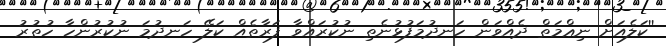
''ކަލެއަށް ނިޢްމަތް ދެއްވަން ހަނދުމަފުޅުނެތި ނުކުރައްވާ ފަރާތެއް ކަލޭ ހަނދުމަ ނުކުރުންހާ ހުތުރު